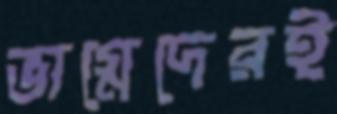
ভাগ্নেদেরই